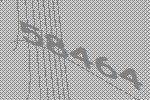
58464